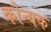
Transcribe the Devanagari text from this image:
कोन्यक